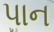
પાન